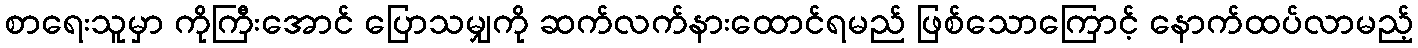
စာရေးသူမှာ ကိုကြီးအောင် ပြောသမျှကို ဆက်လက်နားထောင်ရမည် ဖြစ်သောကြောင့် နောက်ထပ်လာမည့်